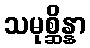
သမုစ္ဆိန္နာ